Plague in India, 1896, 1897 - Volume 2
Year: 1896
Disease focus: Plague
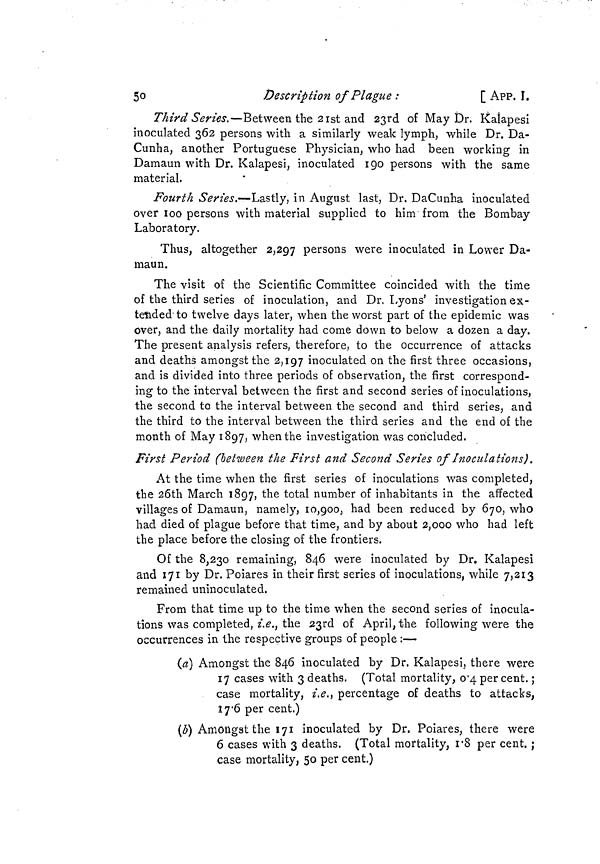
50
Description of Plague :
[ APP, I.
Third Series.—Between the 21st and 23rd of May Dr. Kalapesi
inoculated 362 persons with a similarly weak lymph, while Dr. Da-
Cunha, another Portuguese Physician, who had been working in
Damaun with Dr. Kalapesi, inoculated 190 persons with the same
material.
Fourth Series.—Lastly, in August last, Dr. DaCunha inoculated
over 100 persons with material supplied to him from the Bombay
Laboratory.
Thus, altogether 2,297 persons were inoculated in Lower Da-
maun.
The visit of the Scientific Committee coincided with the time
of the third series of inoculation, and Dr. Lyons' investigation ex-
tended to twelve days later, when the worst part of the epidemic was
over, and the daily mortality had come down to below a dozen a day.
The present analysis refers, therefore, to the occurrence of attacks
and deaths amongst the 2,197 inoculated on the first three occasions,
and is divided into three periods of observation, the first correspond-
ing to the interval between the first and second series of inoculations,
the second to the interval between the second and third series, and
the third to the interval between the third series and the end of the
month of May 1897, when the investigation was concluded.
First Period (between the First and Second Series of Inoculations).
At the time when the first series of inoculations was completed,
the 26th March 1897, tne total number of inhabitants in the affected
villages of Damaun, namely, 10,900, had been reduced by 670, who
had died of plague before that time, and by about 2,000 who had left
the place before the closing of the frontiers.
Of the 8,230 remaining, 846 were inoculated by Dr. Kalapesi
and 171 by Dr. Poiares in their first series of inoculations, while 7,213
remained uninoculated,
From that time up to the time when the second series of inocula-
tions was completed, i.e., the 23rd of April, the following were the
occurrences in the respective groups of people :—
(a) Amongst the 846 inoculated by Dr. Kalapesi, there were
17 cases with 3 deaths. (Total mortality, 0.4 percent. ;
case mortality, i.e., percentage of deaths to attacks,
I7.6 per cent.)
(b) Amongst the 171 inoculated by Dr. Poiares, there were
6 cases with 3 deaths. (Total mortality, 1.8 per cent. ;
case mortality, 50 per cent.)